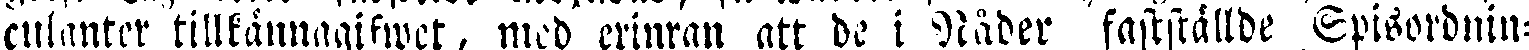
culanter tillkännagifwet, med erinran att de i Råder fastställde Spisordnin-